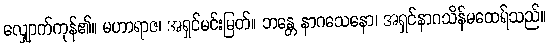
လျှောက်ကုန်၏။ မဟာရာဇ၊ အရှင်မင်းမြတ်။ ဘန္တေ နာဂသေနော၊ အရှင်နာဂသိန်မထေရ်သည်။